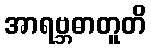
အာရဗ္ဘဓာတူတိ